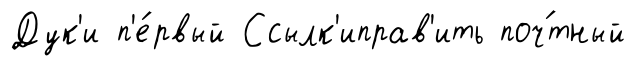
Дук'и п'е́рвый Ссылк'иправ'ить поч́тный